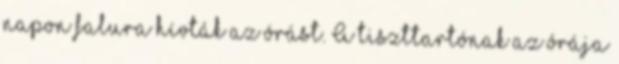
napon falura hívták az órást. A tiszttartónak az órája